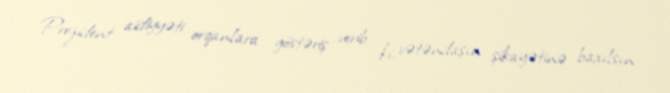
Prezident aidiyyəti orqanlara göstəriş verib ki, vətəndaşın şikayətinə baxılsın